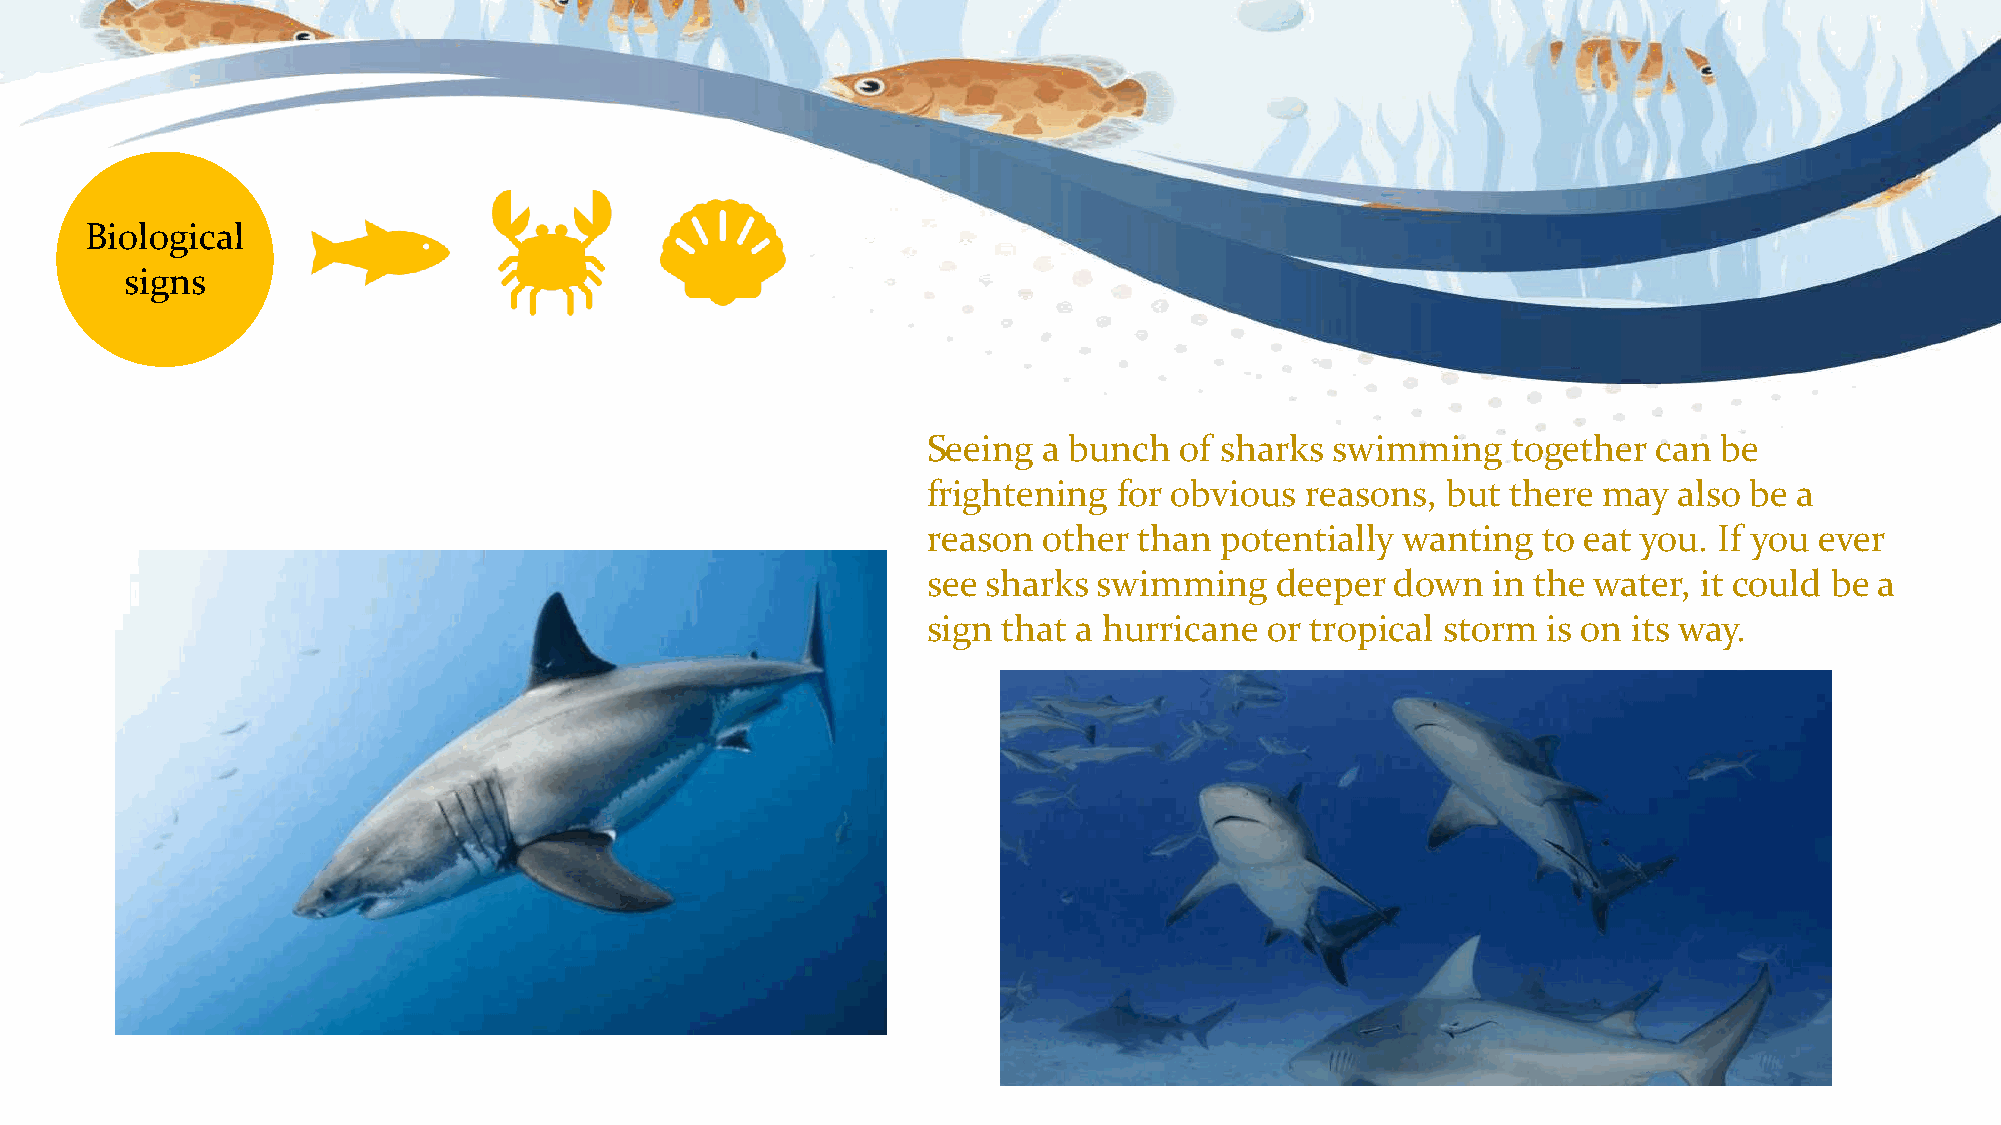
Biological
 signs
 Seeing  a bunch  of sharks swimming    together can  be
 frightening  for obvious reasons,  but there may  also be a
 reason  other than  potentially wanting  to eat you. If you ever
 see sharks  swimming   deeper  down   in the water, it could be a
 sign that a hurricane  or tropical storm is on its way.